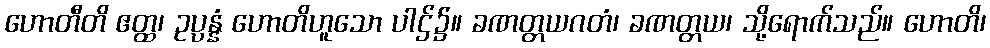
ဟောတီတိ ဧတ္ထ၊ ဥပ္ပန္နံ ဟောတိဟူသော ပါဌ်၌။ ခဏတ္တယဂတံ၊ ခဏတ္တယ၊ သို့ရောက်သည်။ ဟောတိ၊